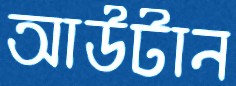
আউটান